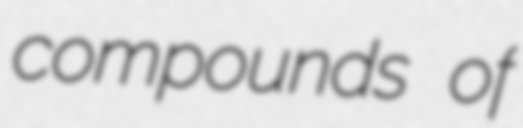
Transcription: compounds of